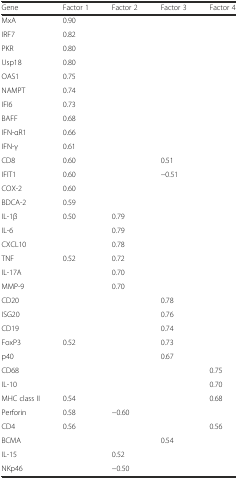
<table><thead><tr><td><b>Gene</b></td><td><b>Factor 1</b></td><td><b>Factor 2</b></td><td><b>Factor 3</b></td><td><b>Factor 4</b></td></tr></thead><tbody><tr><td>MxA</td><td>0.90</td><td></td><td></td><td></td></tr><tr><td>IRF7</td><td>0.82</td><td></td><td></td><td></td></tr><tr><td>PKR</td><td>0.80</td><td></td><td></td><td></td></tr><tr><td>Usp18</td><td>0.80</td><td></td><td></td><td></td></tr><tr><td>OAS1</td><td>0.75</td><td></td><td></td><td></td></tr><tr><td>NAMPT</td><td>0.74</td><td></td><td></td><td></td></tr><tr><td>IFI6</td><td>0.73</td><td></td><td></td><td></td></tr><tr><td>BAFF</td><td>0.68</td><td></td><td></td><td></td></tr><tr><td>IFN-αR1</td><td>0.66</td><td></td><td></td><td></td></tr><tr><td>IFN-γ</td><td>0.61</td><td></td><td></td><td></td></tr><tr><td>CD8</td><td>0.60</td><td></td><td>0.51</td><td></td></tr><tr><td>IFIT1</td><td>0.60</td><td></td><td>−0.51</td><td></td></tr><tr><td>COX-2</td><td>0.60</td><td></td><td></td><td></td></tr><tr><td>BDCA-2</td><td>0.59</td><td></td><td></td><td></td></tr><tr><td>IL-1β</td><td>0.50</td><td>0.79</td><td></td><td></td></tr><tr><td>IL-6</td><td></td><td>0.79</td><td></td><td></td></tr><tr><td>CXCL10</td><td></td><td>0.78</td><td></td><td></td></tr><tr><td>TNF</td><td>0.52</td><td>0.72</td><td></td><td></td></tr><tr><td>IL-17A</td><td></td><td>0.70</td><td></td><td></td></tr><tr><td>MMP-9</td><td></td><td>0.70</td><td></td><td></td></tr><tr><td>CD20</td><td></td><td></td><td>0.78</td><td></td></tr><tr><td>ISG20</td><td></td><td></td><td>0.76</td><td></td></tr><tr><td>CD19</td><td></td><td></td><td>0.74</td><td></td></tr><tr><td>FoxP3</td><td>0.52</td><td></td><td>0.73</td><td></td></tr><tr><td>p40</td><td></td><td></td><td>0.67</td><td></td></tr><tr><td>CD68</td><td></td><td></td><td></td><td>0.75</td></tr><tr><td>IL-10</td><td></td><td></td><td></td><td>0.70</td></tr><tr><td>MHC class II</td><td>0.54</td><td></td><td></td><td>0.68</td></tr><tr><td>Perforin</td><td>0.58</td><td>−0.60</td><td></td><td></td></tr><tr><td>CD4</td><td>0.56</td><td></td><td></td><td>0.56</td></tr><tr><td>BCMA</td><td></td><td></td><td>0.54</td><td></td></tr><tr><td>IL-15</td><td></td><td>0.52</td><td></td><td></td></tr><tr><td>NKp46</td><td></td><td>−0.50</td><td></td><td></td></tr></tbody></table>